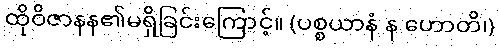
ထိုဝိဇာနန၏မရှိခြင်းကြောင့်။ (ပစ္စယာနံ န ဟောတိ၊)